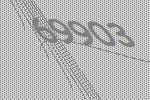
69903